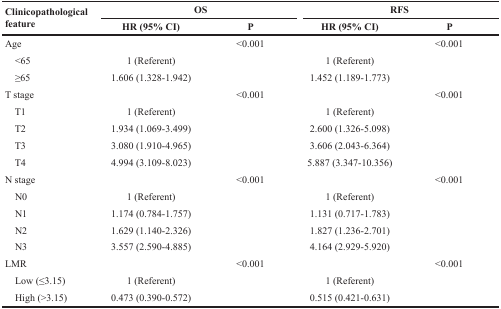
<table><thead><tr><td rowspan="2"><b>Clinicopathological feature</b></td><td colspan="2"><b>OS</b></td><td colspan="2"><b>RFS</b></td></tr><tr><td><b>HR (95% CI)</b></td><td><b>P</b></td><td><b>HR (95% CI)</b></td><td><b>P</b></td></tr></thead><tbody><tr><td>Age</td><td></td><td>&lt;0.001</td><td></td><td>&lt;0.001</td></tr><tr><td> &lt;65</td><td>1 (Referent)</td><td></td><td>1 (Referent)</td><td></td></tr><tr><td> ≥65</td><td>1.606 (1.328-1.942)</td><td></td><td>1.452 (1.189-1.773)</td><td></td></tr><tr><td>T stage</td><td></td><td>&lt;0.001</td><td></td><td>&lt;0.001</td></tr><tr><td> T1</td><td>1 (Referent)</td><td></td><td>1 (Referent)</td><td></td></tr><tr><td> T2</td><td>1.934 (1.069-3.499)</td><td></td><td>2.600 (1.326-5.098)</td><td></td></tr><tr><td> T3</td><td>3.080 (1.910-4.965)</td><td></td><td>3.606 (2.043-6.364)</td><td></td></tr><tr><td> T4</td><td>4.994 (3.109-8.023)</td><td></td><td>5.887 (3.347-10.356)</td><td></td></tr><tr><td>N stage</td><td></td><td>&lt;0.001</td><td></td><td>&lt;0.001</td></tr><tr><td> N0</td><td>1 (Referent)</td><td></td><td>1 (Referent)</td><td></td></tr><tr><td> N1</td><td>1.174 (0.784-1.757)</td><td></td><td>1.131 (0.717-1.783)</td><td></td></tr><tr><td> N2</td><td>1.629 (1.140-2.326)</td><td></td><td>1.827 (1.236-2.701)</td><td></td></tr><tr><td> N3</td><td>3.557 (2.590-4.885)</td><td></td><td>4.164 (2.929-5.920)</td><td></td></tr><tr><td>LMR</td><td></td><td>&lt;0.001</td><td></td><td>&lt;0.001</td></tr><tr><td> Low (≤3.15)</td><td>1 (Referent)</td><td></td><td>1 (Referent)</td><td></td></tr><tr><td> High (&gt;3.15)</td><td>0.473 (0.390-0.572)</td><td></td><td>0.515 (0.421-0.631)</td><td></td></tr></tbody></table>